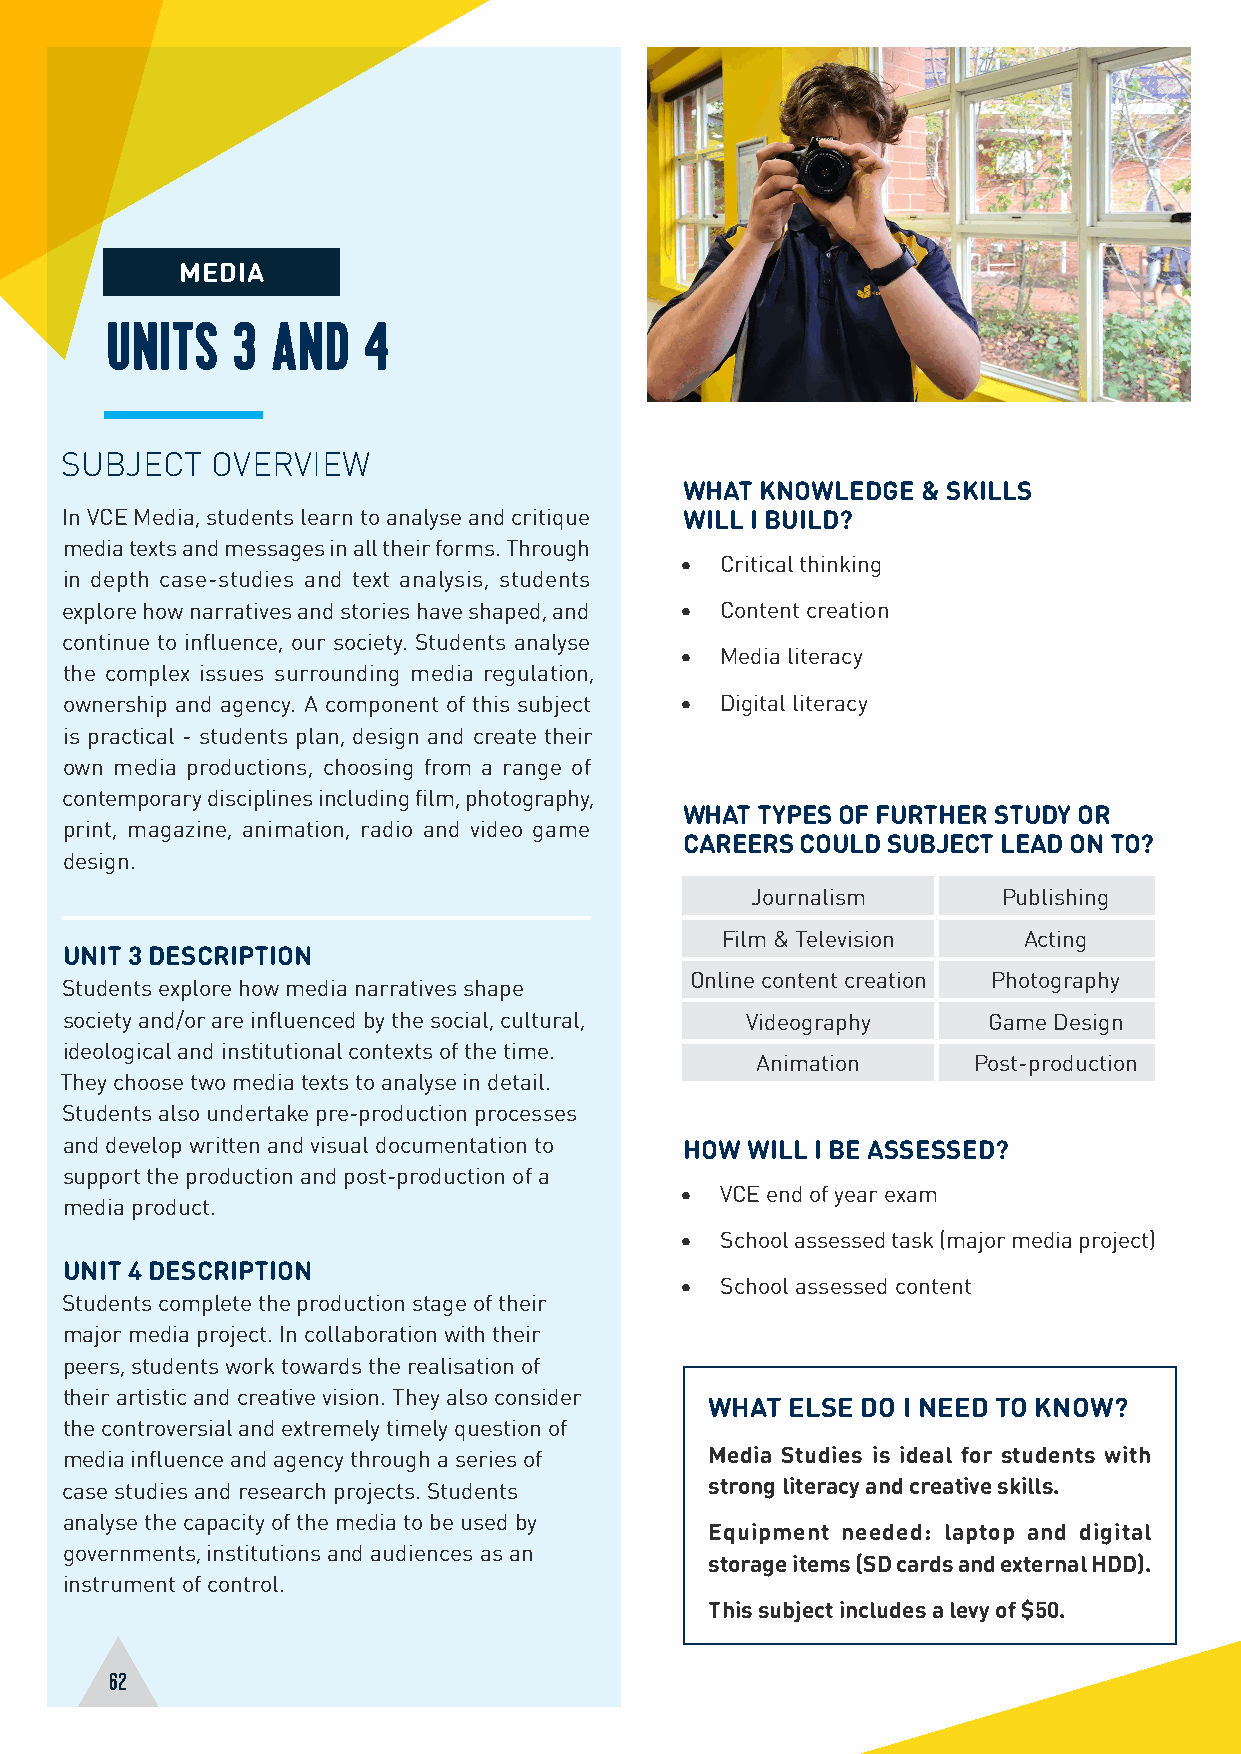
MEDIA
 UNITS   3  AND   4
 SUBJECT   OVERVIEW
 WHAT KNOWLEDGE  & SKILLS
 In VCE Media, students learn to analyse and critique WILL I BUILD?
 media texts and messages in all their forms. Through
 •  Critical thinking
 in depth case-studies and text analysis, students
 explore how narratives and stories have shaped, and • Content creation
 continue to influence, our society. Students analyse
 •  Media literacy
 the complex issues surrounding media regulation,
 ownership and agency. A component of this subject • Digital literacy
 is practical - students plan, design and create their
 own media productions, choosing from a range of
 contemporary disciplines including film, photography,
 WHAT TYPES OF FURTHER STUDY OR
 print, magazine, animation, radio and video game
 CAREERS COULD SUBJECT LEAD ON TO?
 design.
 Journalism      Publishing
 Film & Television   Acting
 UNIT 3 DESCRIPTION
 Online content creation Photography
 Students explore how media narratives shape
 society and/or are influenced by the social, cultural, Videography Game Design
 ideological and institutional contexts of the time.
 Animation     Post-production
 They choose two media texts to analyse in detail.
 Students also undertake pre-production processes
 and develop written and visual documentation to HOW WILL I BE ASSESSED?
 support the production and post-production of a
 •  VCE end of year exam
 media product.
 •  School assessed task (major media project)
 UNIT 4 DESCRIPTION
 •  School assessed content
 Students complete the production stage of their
 major media project. In collaboration with their
 peers, students work towards the realisation of
 their artistic and creative vision. They also consider
 WHAT ELSE DO I NEED TO KNOW?
 the controversial and extremely timely question of
 media influence and agency through a series of Media Studies is ideal for students with
 case studies and research projects. Students strong literacy and creative skills.
 analyse the capacity of the media to be used by
 Equipment needed: laptop and digital
 governments, institutions and audiences as an
 storage items (SD cards and external HDD).
 instrument of control.
 This subject includes a levy of $50.
 62